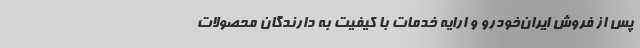
پس از فروش ایران‌خودرو و ارایه خدمات با کیفیت به دارندگان محصولات